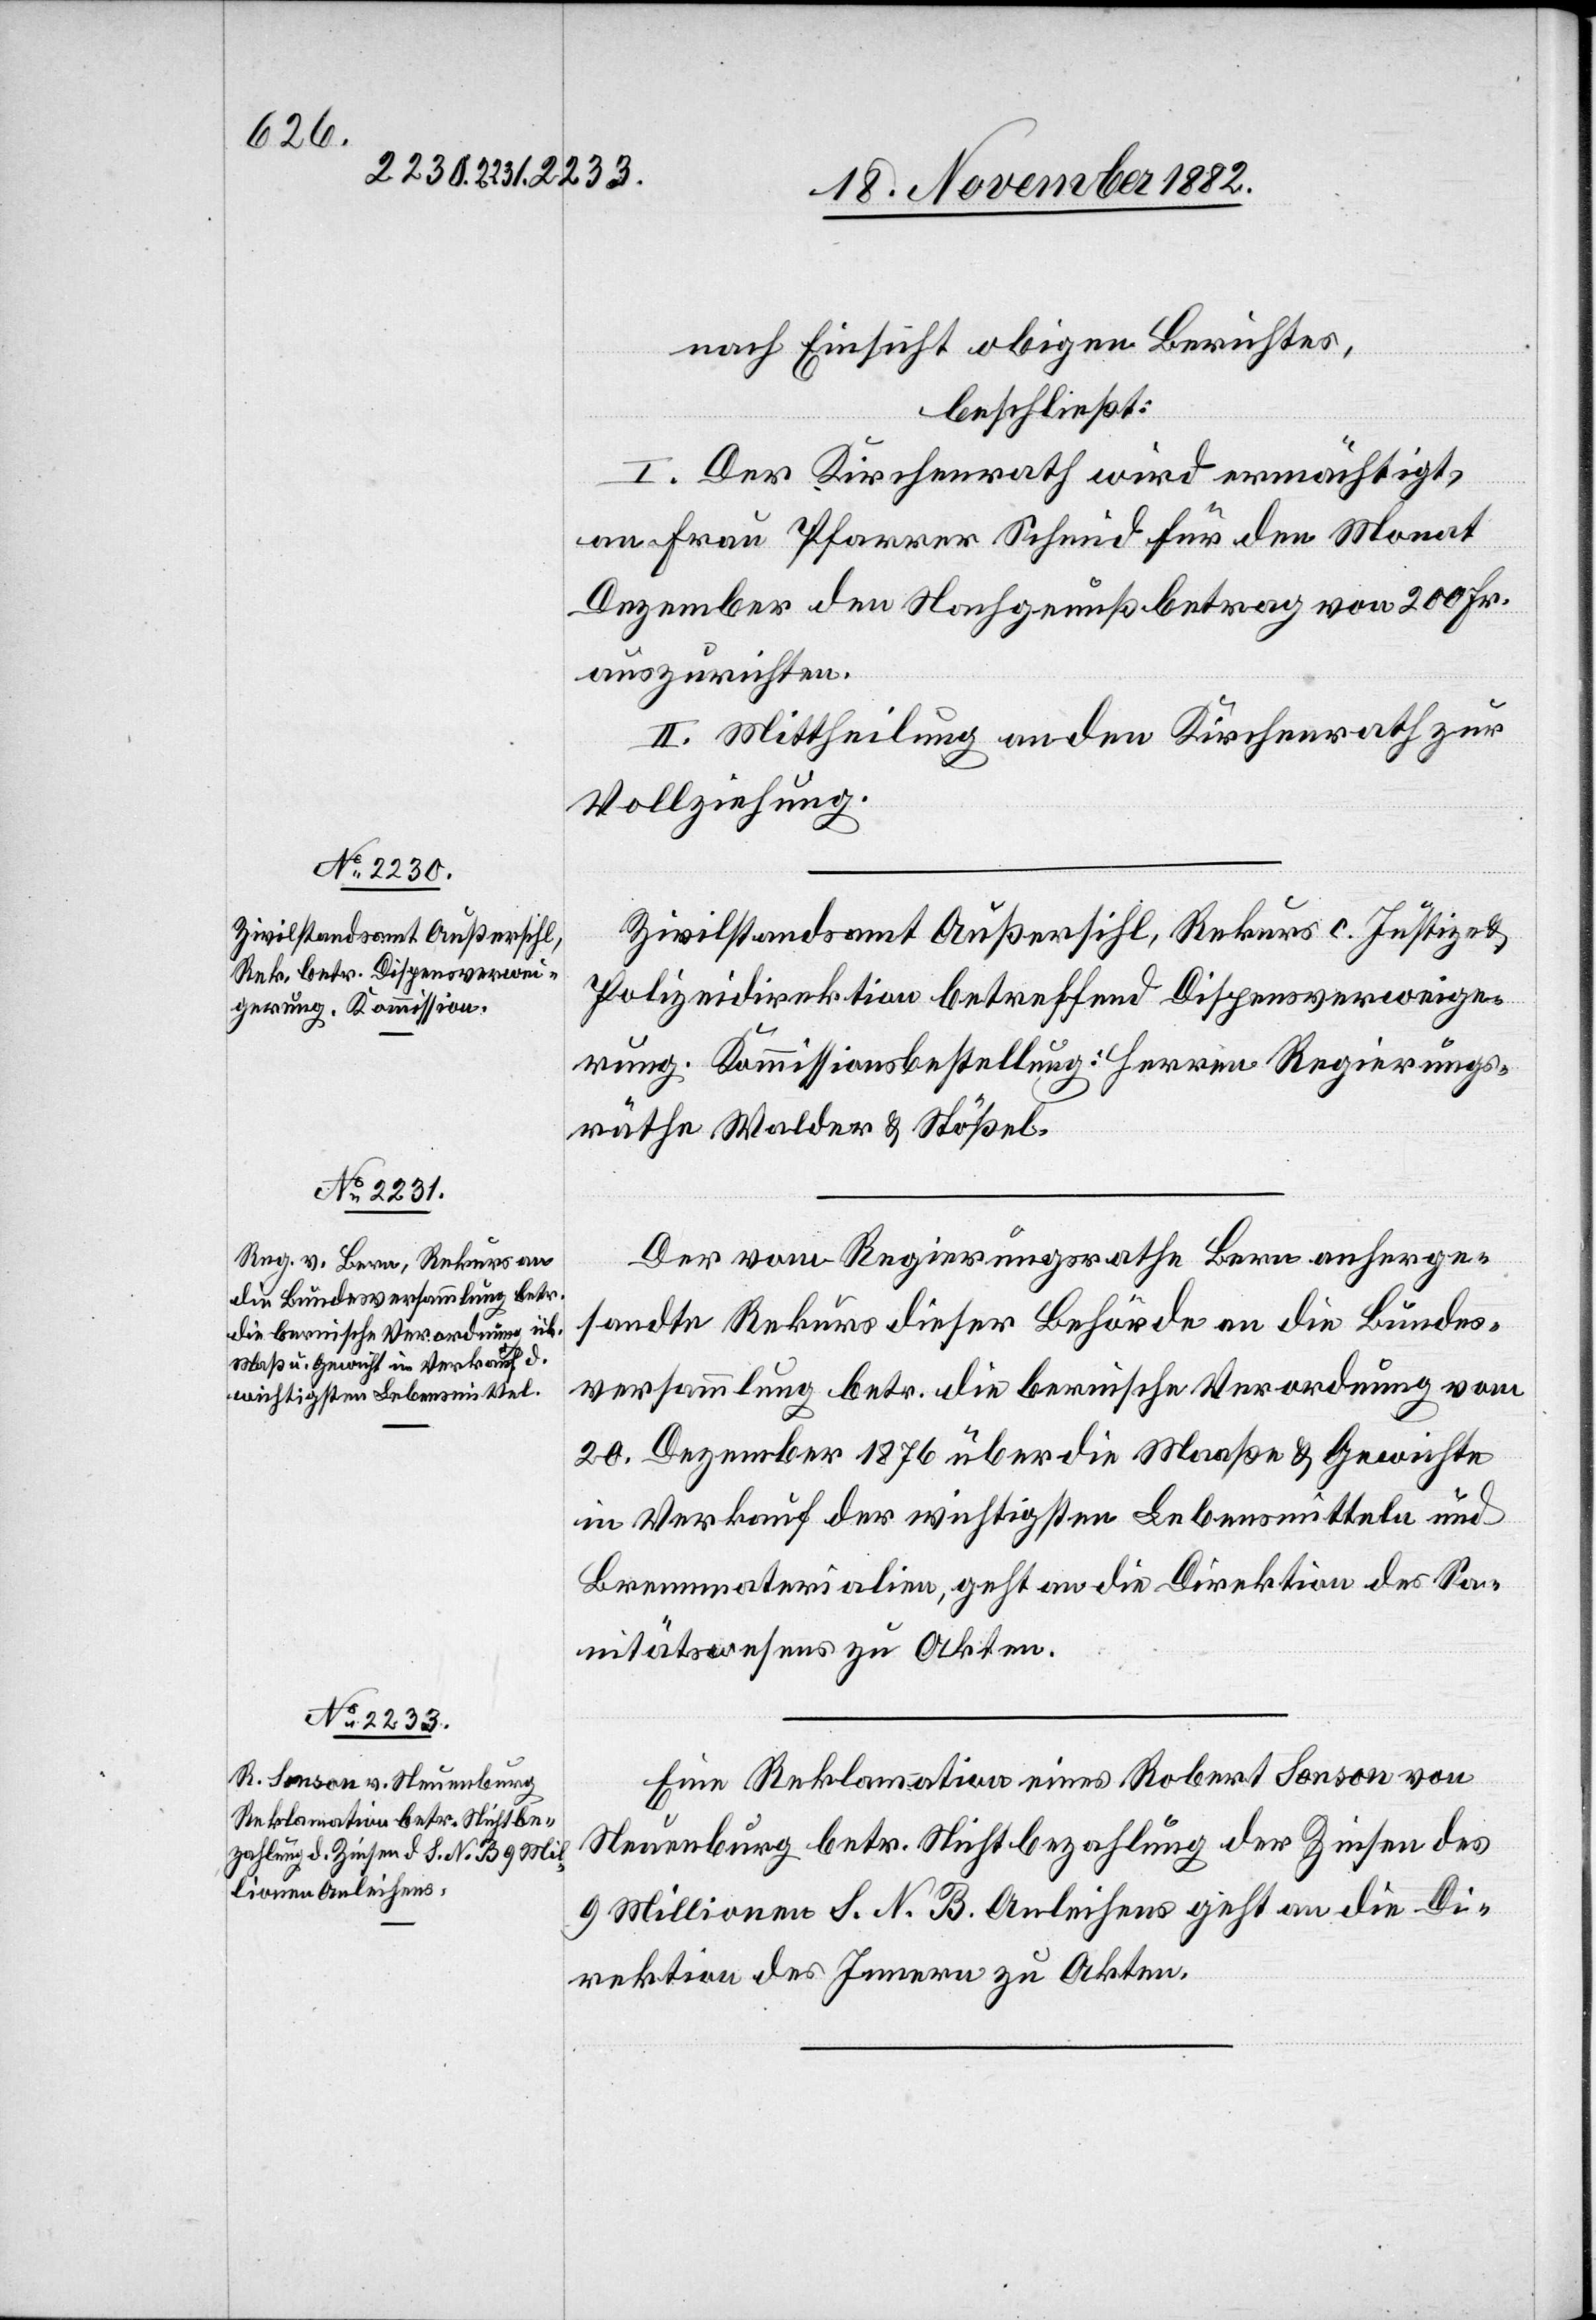
nach Einsicht obigen Berichtes,
beschließt:
I. Der Kirchenrath wird ermächtigt,
an Frau Pfarrer Schmid für den Monat
Dezember den Nachgenußbetrag von 200 Fr.
auszurichten.
II. Mittheilung an den Kirchenrath zur
Vollziehung.
Zivilstandsamt Außersihl, Rekurs c. Justiz- &
Polizeidirektion betreffend Dispensverweige¬
rung. Kommissionbestellung: Herren Regierungs¬
räthe Walder & Stößel.
Der vom Regierungsrathe Bern anherge¬
sandte Rekurs dieser Behörde an die Bundes¬
versammlung betr. die bernische Verordnung vom
20. Dezember 1876 über die Maaße [sic!] & Gewichte
in Verkauf der wichtigsten Lebensmitteln und
Brennmaterialien, geht an die Direktion des Sa¬
nitätswesens zu Akten.
Eine Reklamation eines Robert Sonson von
Neuenburg betr. Nichtbezahlung der Zinsendes
9 Millionen S. N. B. Anleihens geht an die Di¬
rektion des Innern zu Akten.